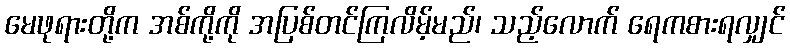
မေဖုရားတို့က အစ်ကို့ကို အပြစ်တင်ကြလိမ့်မည်၊ သည့်လောက် ရေကစားရလျှင်